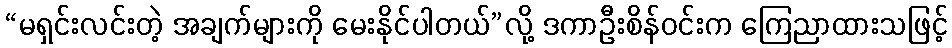
“မရှင်းလင်းတဲ့ အချက်များကို မေးနိုင်ပါတယ်”လို့ ဒကာဦးစိန်ဝင်းက ကြေညာထားသဖြင့်